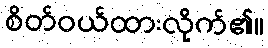
စိတ်ဝယ်ထားလိုက်၏။